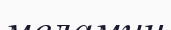
меламин